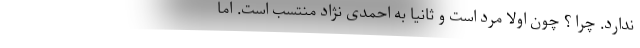
ندارد. چرا ؟ چون اولا مرد است و ثانیا به احمدی نژاد منتسب است. اما